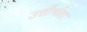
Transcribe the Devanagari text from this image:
उत्तीर्णता